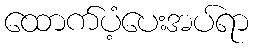
ထောက်ပံ့ပေးအပ်ရာ